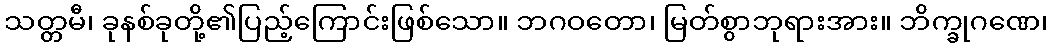
သတ္တမီ၊ ခုနစ်ခုတို့၏ပြည့်ကြောင်းဖြစ်သော။ ဘဂဝတော၊ မြတ်စွာဘုရားအား။ ဘိက္ခုဂဏေ၊